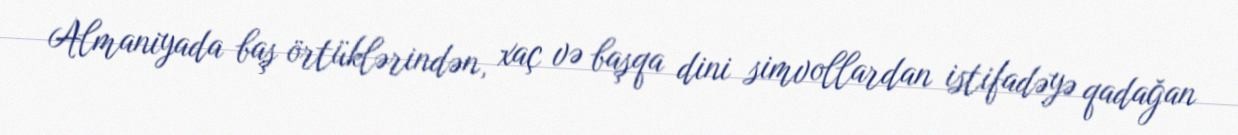
Almaniyada baş örtüklərindən, xaç və başqa dini simvollardan istifadəyə qadağan